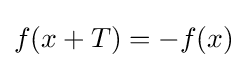
f(x+T)=-f(x)